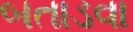
બતાડવા